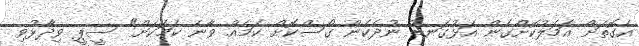
އެގޮތަށް އަމަލުކޮށްގެން އަޅުގަނޑު ނުދެކެން ގޯސްކޮށް ކަމެއް ވާނެ ކަމަކަށް" ސީޕީ ވިދާޅުވި